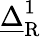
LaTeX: \underline{{\Delta}}_{\mathrm{R}}^{1}